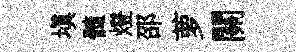
填髓燈邵萝關